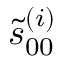
\tilde { s } _ { 0 0 } ^ { ( i ) }